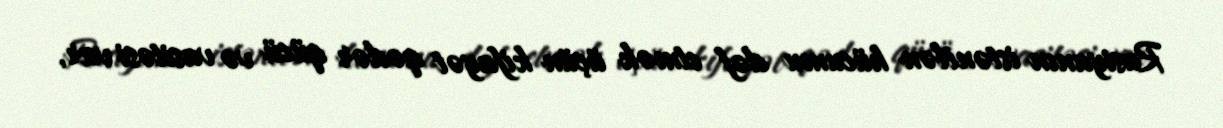
Rusiyanın istənilən hücumu dəf etmək üçün kifayət qədər qücü və vasitəsi var,